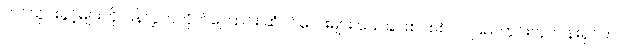
တင်သွင်းခွင့်များကို ပြန်လွှတ်လိုက်ကြောင်း ဆံပင်လေးများ သေခြင်းစင်စစ်ပင် ပြည်တွင်းလုပ်ငန်းရှင်က